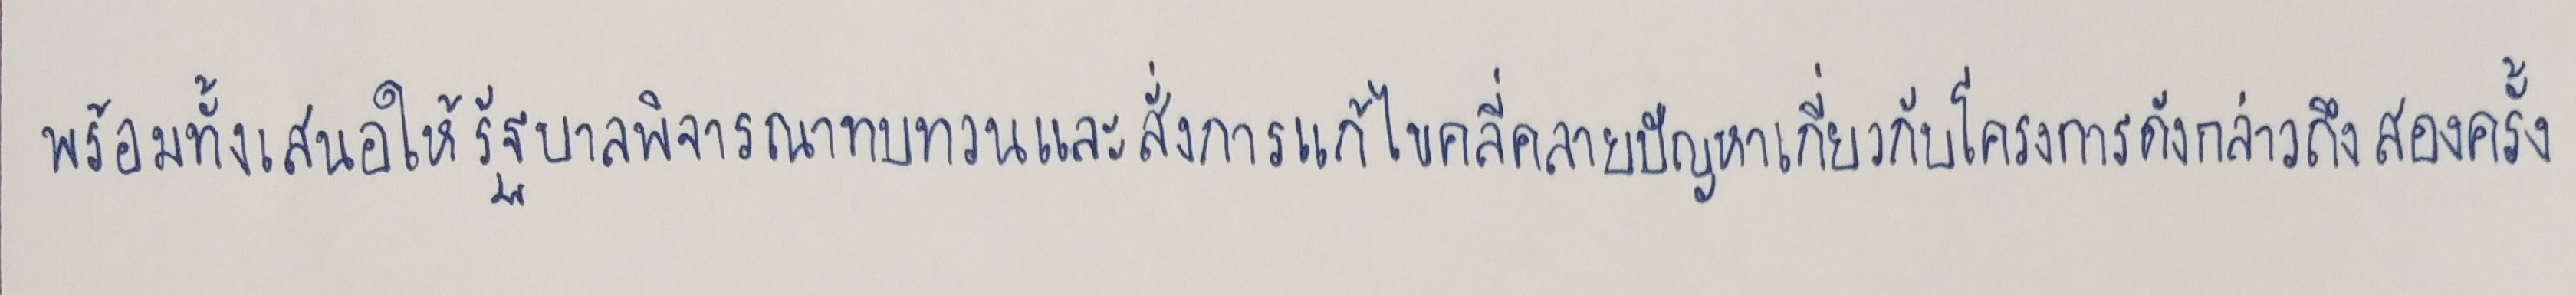
พร้อมทั้งเสนอให้รัฐบาลพิจารณาทบทวนและสั่งการแก้ไขคลี่คลายปัญหาเกี่ยวกับโครงการดังกล่าวถึงสองครั้ง